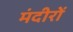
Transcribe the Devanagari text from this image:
मंदीरों